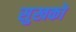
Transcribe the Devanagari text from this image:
सुखको